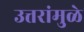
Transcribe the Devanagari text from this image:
उत्तरांमुळे